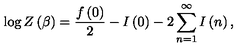
\log Z \left( \beta \right) = \frac { f \left( 0 \right) } { 2 } - I \left( 0 \right) - 2 \sum _ { n = 1 } ^ { \infty } I \left( n \right) ,